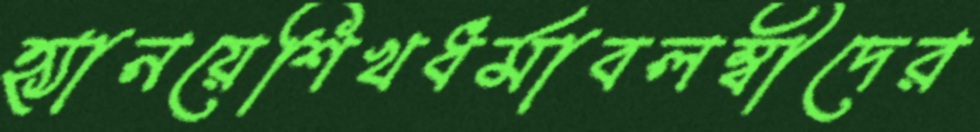
হ্যানয়েশিখধর্মাবলম্বীদের